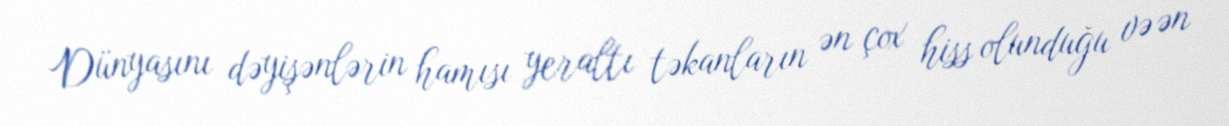
Dünyasını dəyişənlərin hamısı yeraltı təkanların ən çox hiss olunduğu və ən